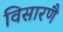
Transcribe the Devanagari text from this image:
विसारणै